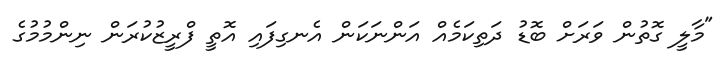
"މާލީ ގޮތުން ވަރަށް ބޮޑު ދަތިކަމެއް އަންނަކަން އެނގިފައި އޮތީ ފްރީޒުކުރަން ނިންމުމުގެ